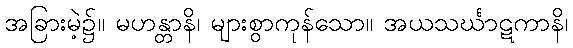
အခြားမဲ့၌။ မဟန္တာနိ၊ များစွာကုန်သော။ အယသင်္ဃာဋကာနိ၊